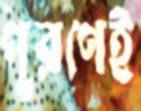
পূরণেই